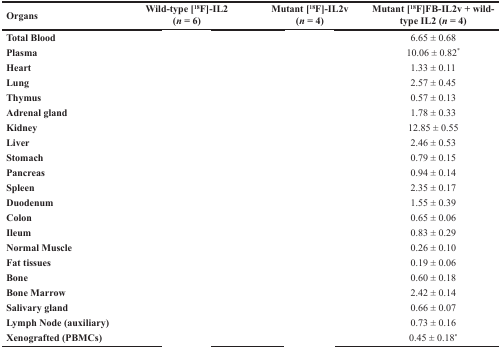
<table><thead><tr><td><b>Organs</b></td><td><b>Wild-type [<sup>18</sup>F]-IL2 (<i>n</i> = 6)</b></td><td><b>Mutant [<sup>18</sup>F]-IL2v (<i>n</i> = 4)</b></td><td><b>Mutant [<sup>18</sup>F]FB-IL2v + wild-type IL2 (<i>n</i> = 4)</b></td></tr></thead><tbody><tr><td><b>Total Blood</b></td><td>[EMPTY_CELL]</td><td>[EMPTY_CELL]</td><td>6.65 ± 0.68</td></tr><tr><td><b>Plasma</b></td><td>[EMPTY_CELL]</td><td>[EMPTY_CELL]</td><td>10.06 ± 0.82<sup>*</sup></td></tr><tr><td><b>Heart</b></td><td>[EMPTY_CELL]</td><td>[EMPTY_CELL]</td><td>1.33 ± 0.11</td></tr><tr><td><b>Lung</b></td><td>[EMPTY_CELL]</td><td>[EMPTY_CELL]</td><td>2.57 ± 0.45</td></tr><tr><td><b>Thymus</b></td><td>[EMPTY_CELL]</td><td>[EMPTY_CELL]</td><td>0.57 ± 0.13</td></tr><tr><td><b>Adrenal gland</b></td><td>[EMPTY_CELL]</td><td>[EMPTY_CELL]</td><td>1.78 ± 0.33</td></tr><tr><td><b>Kidney</b></td><td>[EMPTY_CELL]</td><td>[EMPTY_CELL]</td><td>12.85 ± 0.55</td></tr><tr><td><b>Liver</b></td><td>[EMPTY_CELL]</td><td>[EMPTY_CELL]</td><td>2.46 ± 0.53</td></tr><tr><td><b>Stomach</b></td><td>[EMPTY_CELL]</td><td>[EMPTY_CELL]</td><td>0.79 ± 0.15</td></tr><tr><td><b>Pancreas</b></td><td>[EMPTY_CELL]</td><td>[EMPTY_CELL]</td><td>0.94 ± 0.14</td></tr><tr><td><b>Spleen</b></td><td>[EMPTY_CELL]</td><td>[EMPTY_CELL]</td><td>2.35 ± 0.17</td></tr><tr><td><b>Duodenum</b></td><td>[EMPTY_CELL]</td><td>[EMPTY_CELL]</td><td>1.55 ± 0.39</td></tr><tr><td><b>Colon</b></td><td>[EMPTY_CELL]</td><td>[EMPTY_CELL]</td><td>0.65 ± 0.06</td></tr><tr><td><b>Ileum</b></td><td>[EMPTY_CELL]</td><td>[EMPTY_CELL]</td><td>0.83 ± 0.29</td></tr><tr><td><b>Normal Muscle</b></td><td>[EMPTY_CELL]</td><td>[EMPTY_CELL]</td><td>0.26 ± 0.10</td></tr><tr><td><b>Fat tissues</b></td><td>[EMPTY_CELL]</td><td>[EMPTY_CELL]</td><td>0.19 ± 0.06</td></tr><tr><td><b>Bone</b></td><td>[EMPTY_CELL]</td><td>[EMPTY_CELL]</td><td>0.60 ± 0.18</td></tr><tr><td><b>Bone Marrow</b></td><td>[EMPTY_CELL]</td><td>[EMPTY_CELL]</td><td>2.42 ± 0.14</td></tr><tr><td><b>Salivary gland</b></td><td>[EMPTY_CELL]</td><td>[EMPTY_CELL]</td><td>0.66 ± 0.07</td></tr><tr><td><b>Lymph Node (auxiliary)</b></td><td>[EMPTY_CELL]</td><td>[EMPTY_CELL]</td><td>0.73 ± 0.16</td></tr><tr><td><b>Xenografted (PBMCs)</b></td><td>[EMPTY_CELL]</td><td>[EMPTY_CELL]</td><td>0.45 ± 0.18<sup>*</sup></td></tr></tbody></table>